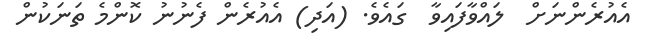
އެއުރެންނަށް  ލައްވާފައިވާ  ގައެވެ. (އަދި) އެއުރެން ފެނުނު ކޮންމެ ތަނަކުން